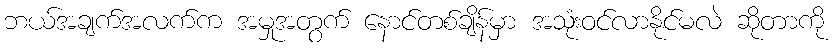
ဘယ်အချက်အလက်က အမှုအတွက် နောင်တစ်ချိန်မှာ အသုံးဝင်လာနိုင်မလဲ ဆိုတာကို